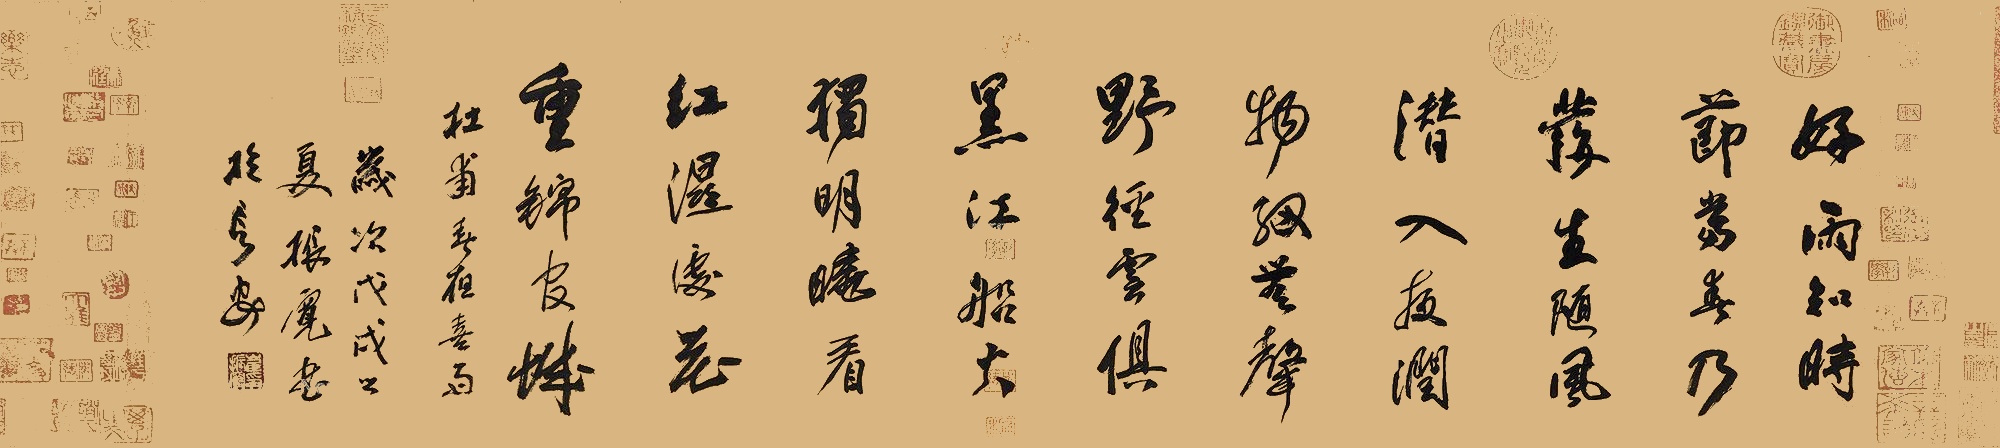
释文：好雨知时节，当春乃发生。随风潜入夜，润物细无声。野径云俱黑，江船火独明。晓看红湿处，花重锦官城。杜甫《春夜喜雨》，岁次戊戌之夏，振宽书于长安。